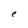
Character: e